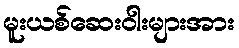
မူးယစ်ဆေးဝါးများအား